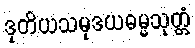
ဒုတိယသမုဒယဓမ္မသုတ္တံ